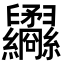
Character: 𦈇